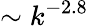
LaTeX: \sim k^{-2.8}